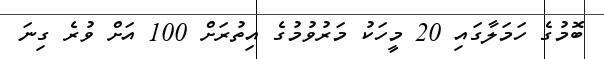
ބޮމުގެ ހަމަލާގައި 20 މީހަކު މަރުވުމުގެ އިތުރަށް 100 އަށް ވުރެ ގިނަ